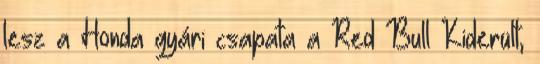
lesz a Honda gyári csapata a Red Bull Kiderült,